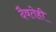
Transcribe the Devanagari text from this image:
दैवतेही